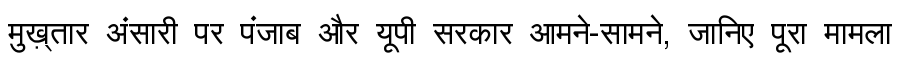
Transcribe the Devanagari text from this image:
मुख़्तार अंसारी पर पंजाब और यूपी सरकार आमने-सामने, जानिए पूरा मामला